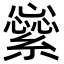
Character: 繠